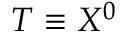
T \equiv X ^ { 0 }